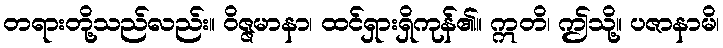
တရားတို့သည်လည်း။ ဝိဇ္ဇမာနာ၊ ထင်ရှားရှိကုန်၏။ ဣတိ၊ ဤသို့။ ပဇာနာမိ၊